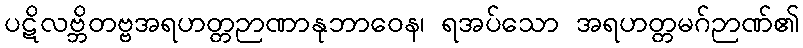
ပဋိလဗ္ဘိတဗ္ဗအရဟတ္တဉာဏာနုဘာဝေန၊ ရအပ်သော အရဟတ္တမဂ်ဉာဏ်၏